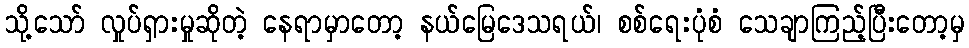
သို့သော် လှုပ်ရှားမှုဆိုတဲ့ နေရာမှာတော့ နယ်မြေဒေသရယ်၊ စစ်ရေးပုံစံ သေချာကြည့်ပြီးတော့မှ